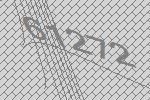
61272